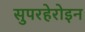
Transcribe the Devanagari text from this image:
सुपरहेरोइन